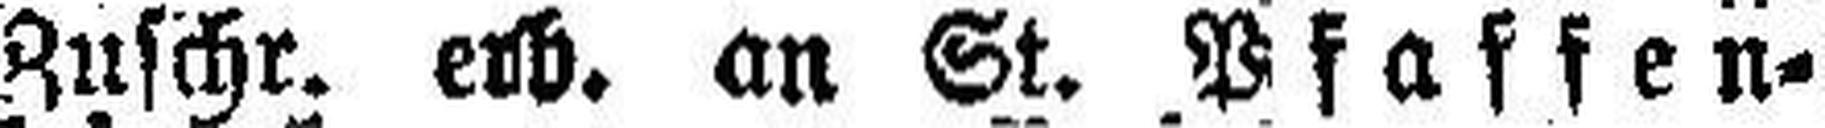
Zuschr. erb. an St. Pfaffen¬